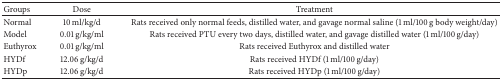
| Groups | Dose | Treatment |
 | --- | --- | --- |
 | Normal | 10 ml/kg/d | Rats received only normal feeds, distilled water, and gavage normal saline (1 ml/100 g body weight/day) |
 | Model | 0.01 g/kg/ml | Rats received PTU every two days, distilled water, and gavage distilled water (1 ml/100 g/day) |
 | Euthyrox | 0.01 g/kg/ml | Rats received Euthyrox and distilled water |
 | HYDf | 12.06 g/kg/d | Rats received HYDf (1 ml/100 g/day) |
 | HYDp | 12.06 g/kg/d | Rats received HYDp (1 ml/100 g/day) |